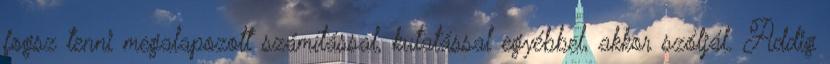
fogsz tenni megalapozott számítással, kutatással egyébbel, akkor szóljál. Addig